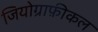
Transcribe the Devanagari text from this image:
जियोग्राफ़ीकल